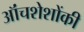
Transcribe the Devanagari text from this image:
ऑंचशेशोंकी